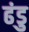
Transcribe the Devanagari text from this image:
ढंडु